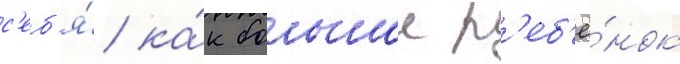
с'еб'я́ ка́к большои р'еб'ё́нок